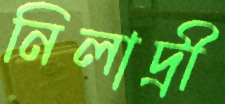
নিলাদ্রী